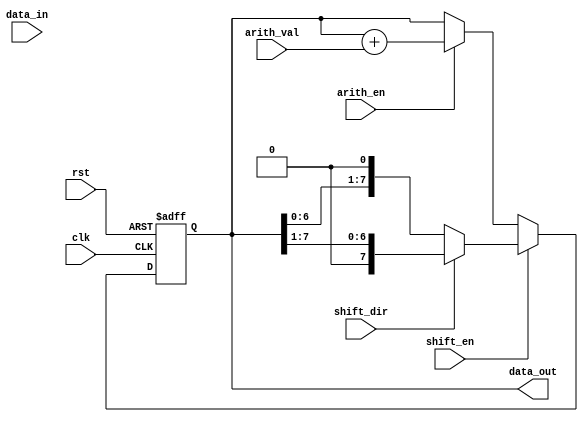
module LogarithmicShiftRegister #(
    parameter WIDTH = 8 // Width of the register
)(
    input wire clk,                // Clock signal
    input wire rst,                // Reset signal
    input wire [WIDTH-1:0] data_in,// Input data
    input wire shift_en,           // Shift enable signal
    input wire shift_dir,          // Shift direction (0: left, 1: right)
    input wire arith_en,           // Arithmetic operation enable
    input wire [WIDTH-1:0] arith_val, // Value for arithmetic operation
    output reg [WIDTH-1:0] data_out // Output data
);

    reg [WIDTH-1:0] register; // Internal register to hold data

    // Logarithmic scaling function (example implementation)
    function [WIDTH-1:0] log_scale;
        input [WIDTH-1:0] value;
        begin
            // Example logarithmic scaling (this is a placeholder)
            log_scale = value; // Replace with actual logarithmic scaling logic
        end
    endfunction

    // Always block for synchronous operations
    always @(posedge clk or posedge rst) begin
        if (rst) begin
            register <= 0; // Reset the register
        end else begin
            // Perform arithmetic operation if enabled
            if (arith_en) begin
                register <= register + log_scale(arith_val); // Example: addition in log domain
            end
            
            // Perform shift operation if enabled
            if (shift_en) begin
                if (shift_dir == 1'b0) begin
                    // Left shift (multiply by 2)
                    register <= register << 1;
                end else begin
                    // Right shift (divide by 2)
                    register <= register >> 1;
                end
            end
        end
    end

    // Output the current value of the register
    always @* begin
        data_out = register;
    end

endmodule